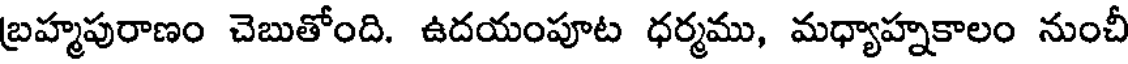
బ్రహ్మపురాణం చెబుతోంది. ఉదయంపూట ధర్మము, మధ్యాహ్నకాలం నుంచీ